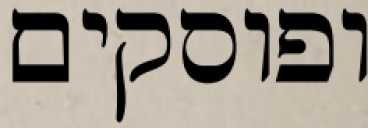
ופוסקים